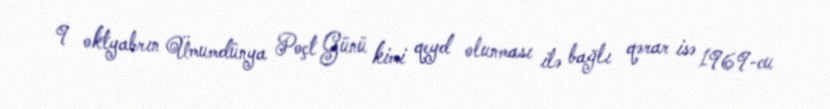
9 oktyabrın Ümumdünya Poçt Günü kimi qeyd olunması ilə bağlı qərar isə 1969-cu